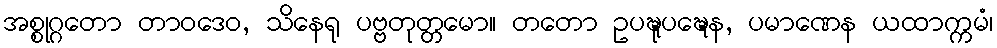
အစ္စုဂ္ဂတော တာဝဒေဝ, သိနေရု ပဗ္ဗတုတ္တမော။ တတော ဥပဍ္ဎုပဍ္ဎေန, ပမာဏေန ယထာက္ကမံ၊